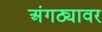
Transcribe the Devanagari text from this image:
अंगठ्यावर